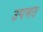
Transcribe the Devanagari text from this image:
उपमठ